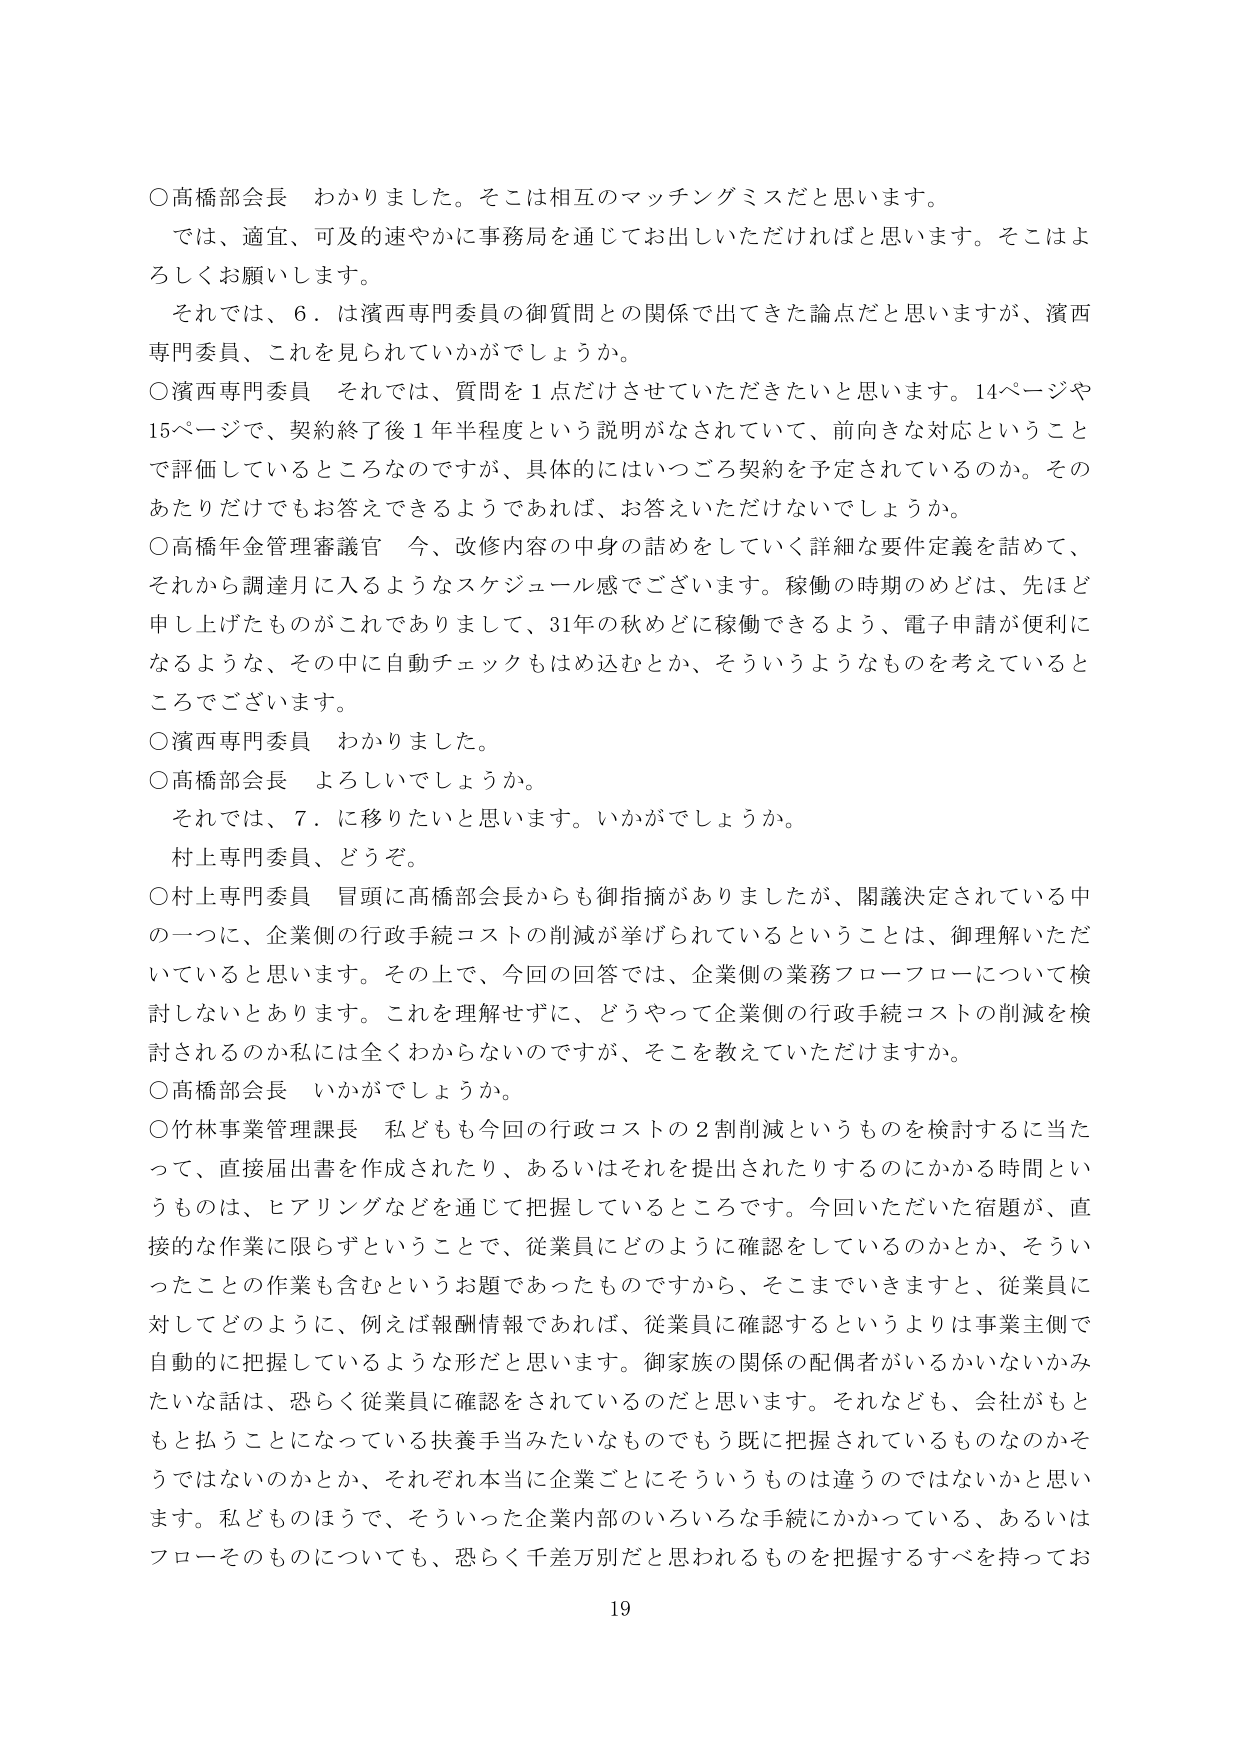
○高橋部会長　わかりました。そこは相互のマッチングミスだと思います。
では、適宜、可及的速やかに事務局を通じてお出しいただければと思います。そこはよろしくお願いします。
それでは、６．は濱西専門委員の御質問との関係で出てきた論点だと思いますが、濱西専門委員、これを見られていかがでしょうか。
○濱西専門委員　それでは、質問を１点だけさせていただきたいと思います。14ページや15ページで、契約終了後１年半程度という説明がなされていて、前向きな対応ということで評価しているところなのですが、具体的にはいつごろ契約を予定されているのか。そのあたりだけでもお答えできるようであれば、お答えいただけないでしょうか。
○高橋年金管理審議官　今、改修内容の中身の話をしていく詳細な要件定義を詰めて、それから調達月に入るようなスケジュール感でございます。稼働の時期のめどは、先ほど申し上げたものがこれでありまして、31年の秋めどに稼働できるよう、電子申請が便利になるような、その中に自動チェックもはめ込むとか、そういうようなものを考えているところでございます。
○濱西専門委員　わかりました。
○高橋部会長　よろしいでしょうか。
それでは、７．に移りたいと思います。いかがでしょうか。
村上専門委員、どうぞ。
○村上専門委員　冒頭に高橋部会長からも御指摘がありましたが、閣議決定されている中の一つに、企業側の行政手続コストの削減が挙げられているということは、御理解いただいていると思います。その上で、今回の回答では、企業側の業務フロー・フローについて検討しないとあります。これを理解せずに、どうやって企業側の行政手続コストの削減を検討されるのか私には全くわからないのですが、そこを教えていただけますか。
○高橋部会長　いかがでしょうか。
○竹林事業管理課長　私どもも今回の行政コストの２割削減というものを検討するに当たって、直接届出書を作成されたり、あるいはそれを提出されたりするのにかかる時間というものは、ヒアリングなどを通じて把握しているところです。今回いただいた宿題が、直接的な作業に限らずということで、従業員にどのように確認をしているのかとか、そういったことの作業も含むというお題であったものですから、そこまでいきますと、従業員に対してどのように、例えば報酬情報であれば、従業員に確認するというよりは事業主側で自動的に把握しているような形だと思います。御家族の関係の配偶者がいるかいないかみたいな話は、恐らく従業員に確認をされているのだと思います。それなども、会社がもともと払うことになっている扶養手当みたいなものでもう既に把握されているものなのかそうではないのかとか、それぞれ本当に企業ごとにそういうものは違うのではないかと思います。私どものほうで、そういった企業内部のいろいろな手続にかかっている、あるいはフローそのものについても、恐らく千差万別だと思われるものを把握するすべを持ってお

19